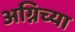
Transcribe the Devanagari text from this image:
अग्निच्या